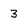
Character: 3